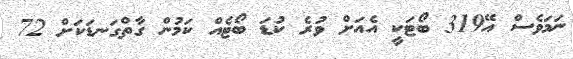
ނަމަވެސް އޭ319 ބޯޓަކީ އެއަށް ވުރެ ކުޑަ ބޯޓެއް ކަމުން ގާތްގަނޑަކަށް 72